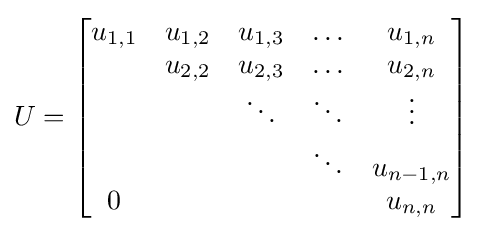
U={\begin{bmatrix}u_{1,1}&u_{1,2}&u_{1,3}&\ldots &u_{1,n}\\&u_{2,2}&u_{2,3}&\ldots &u_{2,n}\\&&\ddots &\ddots &\vdots \\&&&\ddots &u_{n-1,n}\\0&&&&u_{n,n}\end{bmatrix}}